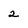
Character: 2